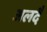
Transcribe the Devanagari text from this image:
अलदै